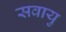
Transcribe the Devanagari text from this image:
सवायु